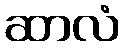
ဆာလံ